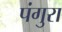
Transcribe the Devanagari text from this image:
पंगुरा